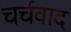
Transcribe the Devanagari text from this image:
चर्चवाद